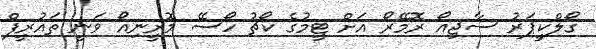
ގޯލްކީޕަރު ސާޖިއޯ ރޮމޭރޯ އަށް ޓީމުގެ ކޯޗު ހޯސޭ މޮރީނިއޯ ވަނީ ތައުރީފް